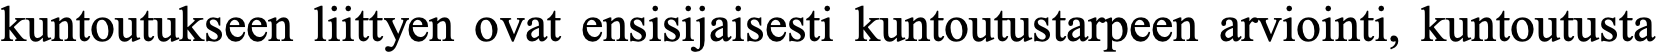
kuntoutukseen liittyen ovat ensisijaisesti kuntoutustarpeen arviointi, kuntoutusta